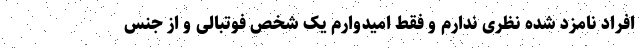
افراد نامزد شده نظری ندارم و فقط امیدوارم یک شخص فوتبالی و از جنس